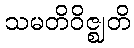
သမတိဝိဇ္ဈတိ